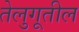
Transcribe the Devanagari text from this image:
तेलुगूतील